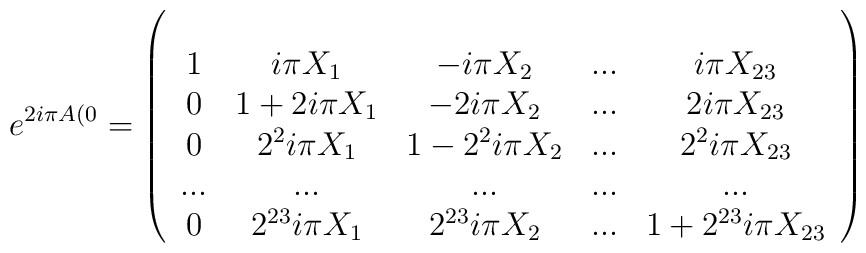
e^{2i\pi A(0}=\left(\begin{array}{ccccc}\\1&i\pi X_1&-i\pi X_2 & ...& i\pi X_{23}\\0&1+2i\pi X_1 & -2i\pi X_2 & ... & 2i\pi X_{23} \\0&2^2i\pi X_1 & 1 - 2^2i\pi X_2 & ...& 2^2i\pi X_{23} \\...&...&...&...&...\\0&2^{23}i\pi X_1&2^{23}i\pi X_2&...&1+2^{23}i\pi X_{23}\\\end{array}\right)